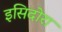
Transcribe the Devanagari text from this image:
इसिदोरा